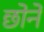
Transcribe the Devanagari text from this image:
छोने